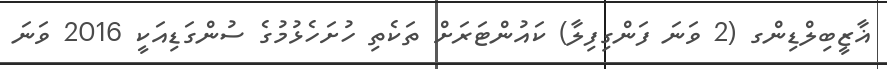
ޣާޒީބިލްޑިންގ (2 ވަނަ ފަންގިފިލާ) ކައުންޓަރަށް ތަކެތި ހުށަހެޅުމުގެ ސުންގަޑިއަކީ 2016 ވަނަ